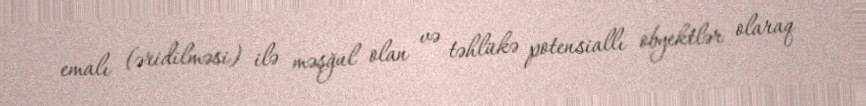
emalı (əridilməsi) ilə məşğul olan və təhlükə potensiallı obyektlər olaraq